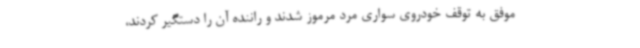
موفق به توقف خودروی سواری مرد مرموز شدند و راننده آن را دستگیر کردند،